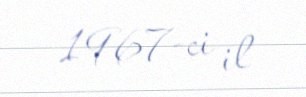
1967-ci il